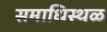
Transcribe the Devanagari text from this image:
समाधिस्‍थळ